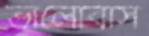
ভালোবাস